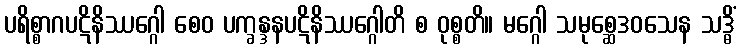
ပရိစ္စာဂပဋိနိဿဂ္ဂေါ စေဝ ပက္ခန္ဒနပဋိနိဿဂ္ဂေါတိ စ ဝုစ္စတိ။ မဂ္ဂေါ သမုစ္ဆေဒဝသေန သဒ္ဓိံ